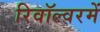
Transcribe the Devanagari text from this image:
रिवॉल्वरमें